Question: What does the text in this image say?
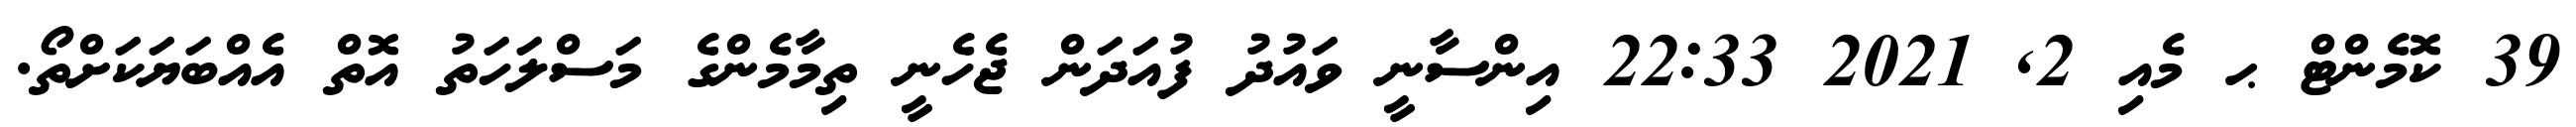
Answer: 39 ކޮމެންޓް ޙ މެއި 2, 2021 22:33 އިންސާނީ ވައުދު ފުއަދަން ޖެހެނީ ތިމާމެންގެ މަސްލަހަތު އޮތް އެއްބަޔަކަށްތޯ.